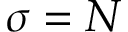
\sigma = N